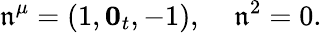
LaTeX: \mathfrak{n}^{\mu}=(1,{\mathbf{0}_{t}},-1),\; \; \; \; \mathfrak{n}^{2}=0.